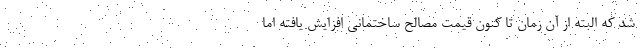
شد که البته از آن زمان تا کنون قیمت مصالح ساختمانی افزایش یافته اما